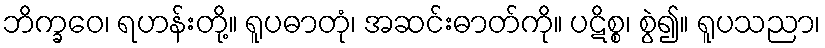
ဘိက္ခဝေ၊ ရဟန်းတို့။ ရူပဓာတုံ၊ အဆင်းဓာတ်ကို။ ပဋိစ္စ၊ စွဲ၍။ ရူပသညာ၊